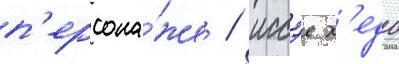
п'ерсона́же / иссэе х'едо